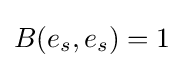
B(e_{s},e_{s})=1